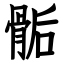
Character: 骺